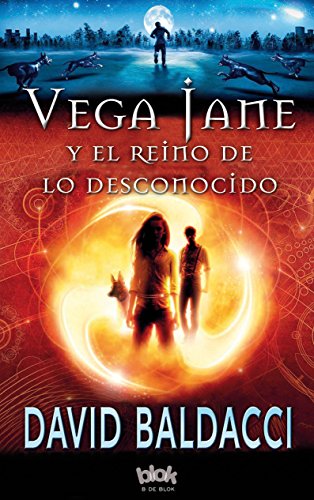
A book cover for Vega Jane y el reino de lo desconocido (Spanish Edition); David Baldacci; Teen & Young Adult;